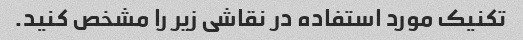
تکنیک مورد استفاده در نقاشی زیر را مشخص کنید.